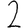
Digit: 2